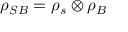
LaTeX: \rho _ { S B } = \rho _ { s } \otimes \rho _ { B }